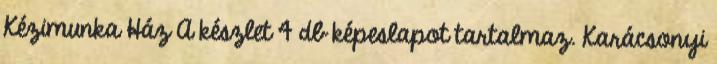
Kézimunka Ház A készlet 4 db képeslapot tartalmaz. Karácsonyi